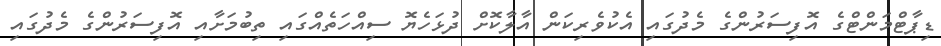
ޑިޕާޓްމަންޓްގެ އޮފިސަރުންގެ މެދުގައި އެކުވެރިކަން އާލާކޮށް ދުޅަހެޔޮ ސިއްހަތެއްގައި ތިބުމަށާއި އޮފިސަރުންގެ މެދުގައި